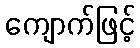
ကျောက်ဖြင့်